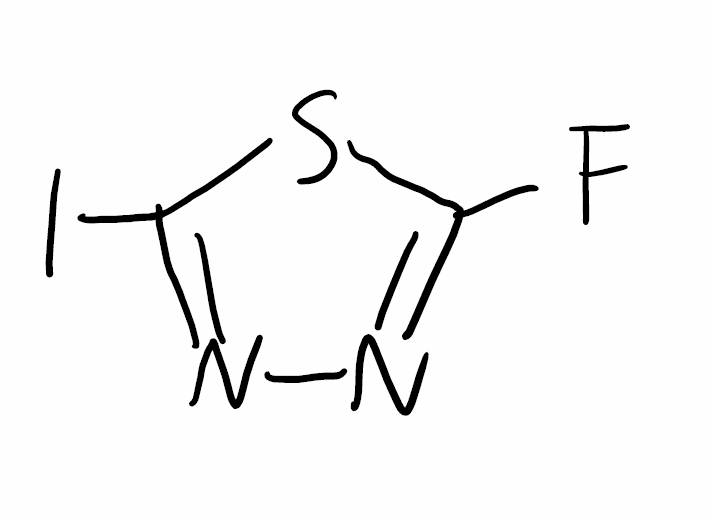
Simplified molecular-input line-entry system (SMILES) notation of the given molecule:
C1(=NN=C(S1)I)F